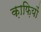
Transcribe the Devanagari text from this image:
क़ाफ़ियों